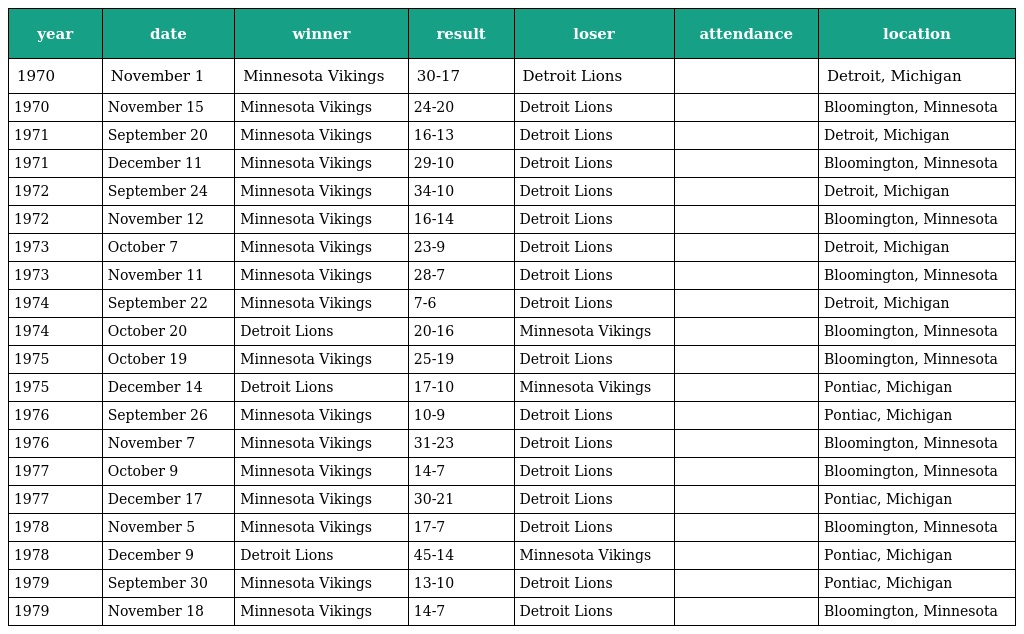
| year | date | winner | result | loser | attendance | location |
 | --- | --- | --- | --- | --- | --- | --- |
 | 1970 | November 1 | Minnesota Vikings | 30-17 | Detroit Lions |  | Detroit, Michigan |
 | 1970 | November 15 | Minnesota Vikings | 24-20 | Detroit Lions |  | Bloomington, Minnesota |
 | 1971 | September 20 | Minnesota Vikings | 16-13 | Detroit Lions |  | Detroit, Michigan |
 | 1971 | December 11 | Minnesota Vikings | 29-10 | Detroit Lions |  | Bloomington, Minnesota |
 | 1972 | September 24 | Minnesota Vikings | 34-10 | Detroit Lions |  | Detroit, Michigan |
 | 1972 | November 12 | Minnesota Vikings | 16-14 | Detroit Lions |  | Bloomington, Minnesota |
 | 1973 | October 7 | Minnesota Vikings | 23-9 | Detroit Lions |  | Detroit, Michigan |
 | 1973 | November 11 | Minnesota Vikings | 28-7 | Detroit Lions |  | Bloomington, Minnesota |
 | 1974 | September 22 | Minnesota Vikings | 7-6 | Detroit Lions |  | Detroit, Michigan |
 | 1974 | October 20 | Detroit Lions | 20-16 | Minnesota Vikings |  | Bloomington, Minnesota |
 | 1975 | October 19 | Minnesota Vikings | 25-19 | Detroit Lions |  | Bloomington, Minnesota |
 | 1975 | December 14 | Detroit Lions | 17-10 | Minnesota Vikings |  | Pontiac, Michigan |
 | 1976 | September 26 | Minnesota Vikings | 10-9 | Detroit Lions |  | Pontiac, Michigan |
 | 1976 | November 7 | Minnesota Vikings | 31-23 | Detroit Lions |  | Bloomington, Minnesota |
 | 1977 | October 9 | Minnesota Vikings | 14-7 | Detroit Lions |  | Bloomington, Minnesota |
 | 1977 | December 17 | Minnesota Vikings | 30-21 | Detroit Lions |  | Pontiac, Michigan |
 | 1978 | November 5 | Minnesota Vikings | 17-7 | Detroit Lions |  | Bloomington, Minnesota |
 | 1978 | December 9 | Detroit Lions | 45-14 | Minnesota Vikings |  | Pontiac, Michigan |
 | 1979 | September 30 | Minnesota Vikings | 13-10 | Detroit Lions |  | Pontiac, Michigan |
 | 1979 | November 18 | Minnesota Vikings | 14-7 | Detroit Lions |  | Bloomington, Minnesota |